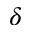
\delta